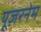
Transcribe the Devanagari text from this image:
यूज़रनेम